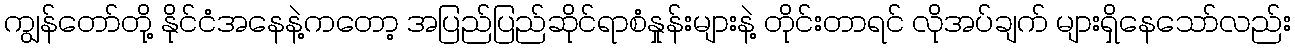
ကျွန်တော်တို့ နိုင်ငံအနေနဲ့ကတော့ အပြည်ပြည်ဆိုင်ရာစံနှုန်းများနဲ့ တိုင်းတာရင် လိုအပ်ချက် များရှိနေသော်လည်း